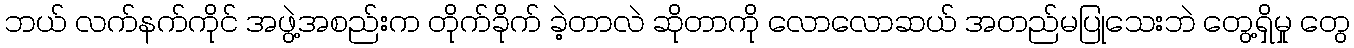
ဘယ် လက်နက်ကိုင် အဖွဲ့အစည်းက တိုက်ခိုက် ခဲ့တာလဲ ဆိုတာကို လောလောဆယ် အတည်မပြုသေးဘဲ တွေ့ရှိမှု တွေ